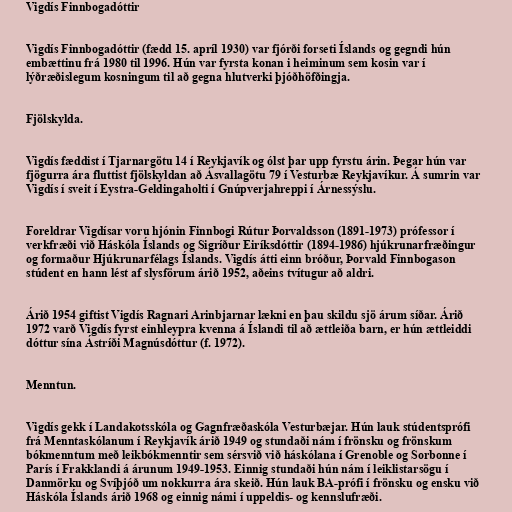
Vigdís Finnbogadóttir

Vigdís Finnbogadóttir (fædd 15. apríl 1930) var fjórði forseti Íslands og gegndi hún
embættinu frá 1980 til 1996. Hún var fyrsta konan i heiminum sem kosin var í
lýðræðislegum kosningum til að gegna hlutverki þjóðhöfðingja.

Fjölskylda.

Vigdís fæddist í Tjarnargötu 14 í Reykjavík og ólst þar upp fyrstu árin. Þegar hún var
fjögurra ára fluttist fjölskyldan að Ásvallagötu 79 í Vesturbæ Reykjavíkur. Á sumrin var
Vigdís í sveit í Eystra-Geldingaholti í Gnúpverjahreppi í Árnessýslu.

Foreldrar Vigdísar voru hjónin Finnbogi Rútur Þorvaldsson (1891-1973) prófessor í
verkfræði við Háskóla Íslands og Sigríður Eiríksdóttir (1894-1986) hjúkrunarfræðingur
og formaður Hjúkrunarfélags Íslands. Vigdís átti einn bróður, Þorvald Finnbogason
stúdent en hann lést af slysförum árið 1952, aðeins tvítugur að aldri.

Árið 1954 giftist Vigdís Ragnari Arinbjarnar lækni en þau skildu sjö árum síðar. Árið
1972 varð Vigdís fyrst einhleypra kvenna á Íslandi til að ættleiða barn, er hún ættleiddi
dóttur sína Ástríði Magnúsdóttur (f. 1972).

Menntun.

Vigdís gekk í Landakotsskóla og Gagnfræðaskóla Vesturbæjar. Hún lauk stúdentsprófi
frá Menntaskólanum í Reykjavík árið 1949 og stundaði nám í frönsku og frönskum
bókmenntum með leikbókmenntir sem sérsvið við háskólana í Grenoble og Sorbonne í
París í Frakklandi á árunum 1949-1953. Einnig stundaði hún nám í leiklistarsögu í
Danmörku og Svíþjóð um nokkurra ára skeið. Hún lauk BA-prófi í frönsku og ensku við
Háskóla Íslands árið 1968 og einnig námi í uppeldis- og kennslufræði.